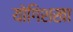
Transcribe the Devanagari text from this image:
योगिशखा